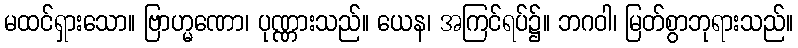
မထင်ရှားသော။ ဗြာဟ္မဏော၊ ပုဏ္ဏားသည်။ ယေန၊ အကြင်ရပ်၌။ ဘဂဝါ၊ မြတ်စွာဘုရားသည်။